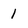
Character: 1